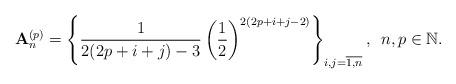
LaTeX: \begin{align*}{\mathbf A}_{n}^{(p)}=\left\{\frac{1}{2(2p+i+j)-3}\left(\frac{1}{2}\right)^{2(2p+i+j-2)}\right\}_{i,j=\overline{1,n}}, \,\ n,p\in\mathbb{N}.\end{align*}